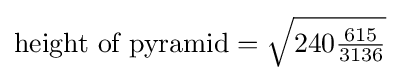
{\text{height of pyramid}}={\sqrt {240{\tfrac {615}{3136}}}}